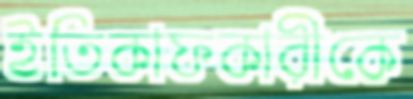
ইতিকাফকারীকে